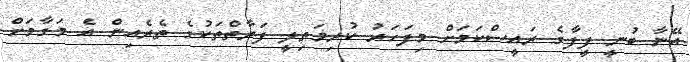
އޭނާ ބުނީ ފީފާގެ ރައީސްކަމަށް މިފަހަރު ކުރިމަތިލީ ފަރާތްތަކުގެ ތެރެއިން އެ މަގާމަށް